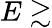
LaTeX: E\gtrsim